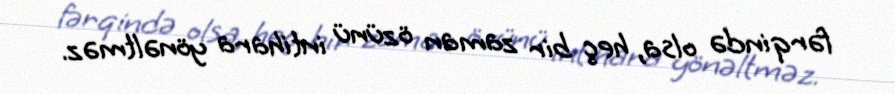
fərqində olsa, heç bir zaman özünü intihara yönəltməz.